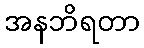
အနဘိရတာ